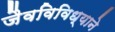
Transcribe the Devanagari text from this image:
जैवविविध्याने